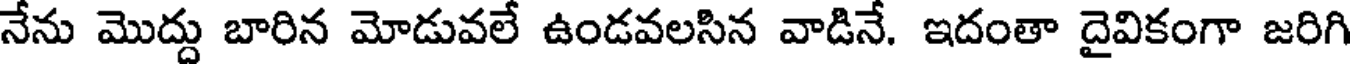
నేను మొద్దు బారిన మోడువలే ఉండవలసిన వాడినే. ఇదంతా దైవికంగా జరిగి